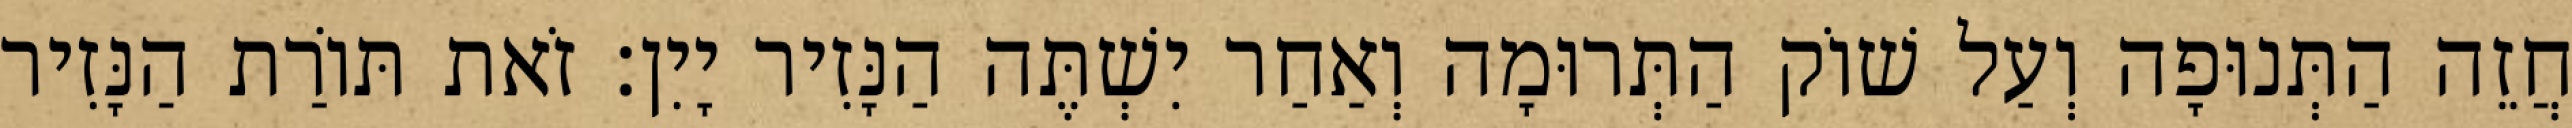
חֲזֵה הַתְּנוּפָה וְעַל שׁוֹק הַתְּרוּמָה וְאַחַר יִשְׁתֶּה הַנָּזִיר יָיִן׃ זֹאת תּוֹרַת הַנָּזִיר